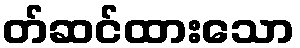
တ်ဆင်ထားသော